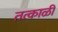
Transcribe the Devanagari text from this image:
तत्काळीं